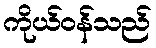
ကိုယ်ဝန်သည်